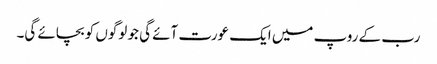
رب کے روپ میں ایک عورت آئے گی جو لوگوں کو بچائے گی۔